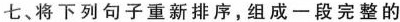
七、将下列句子重新排序,组成一段完整的